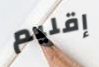
إقليم